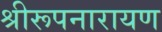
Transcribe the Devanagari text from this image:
श्रीरूपनारायण